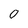
Character: 0